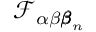
\mathcal { F } _ { \alpha \beta { \pmb \beta } _ { n } }